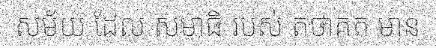
សម័យ ដែល សមាធិ របស់ តថាគត មាន